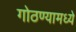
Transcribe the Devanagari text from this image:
गोठण्यामध्ये